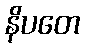
နိပတေ